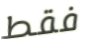
فقط